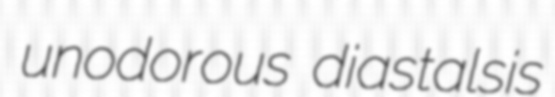
unodorous diastalsis